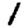
Digit: 1